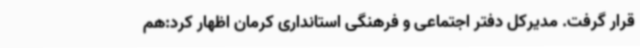
قرار گرفت. مدیرکل دفتر اجتماعی و فرهنگی استانداری کرمان اظهار کرد:هم